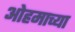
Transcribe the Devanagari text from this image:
ओहमाच्या